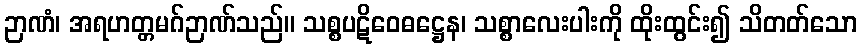
ဉာဏံ၊ အရဟတ္တမဂ်ဉာဏ်သည်။ သစ္စပဋိဝေဓဋ္ဌေန၊ သစ္စာလေးပါးကို ထိုးထွင်း၍ သိတတ်သော